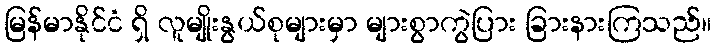
မြန်မာနိုင်ငံ ရှိ လူမျိုးနွယ်စုများမှာ များစွာကွဲပြား ခြားနားကြသည်။